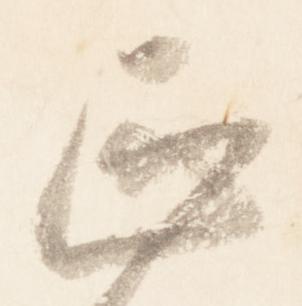
正